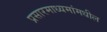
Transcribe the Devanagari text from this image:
प्रसारमाध्‍यमांमधील